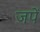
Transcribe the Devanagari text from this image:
जपें